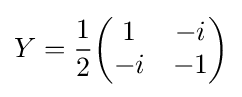
Y={1 \over 2}{\begin{pmatrix}1&-i\\-i&-1\end{pmatrix}}